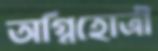
অগ্নিহোত্রী